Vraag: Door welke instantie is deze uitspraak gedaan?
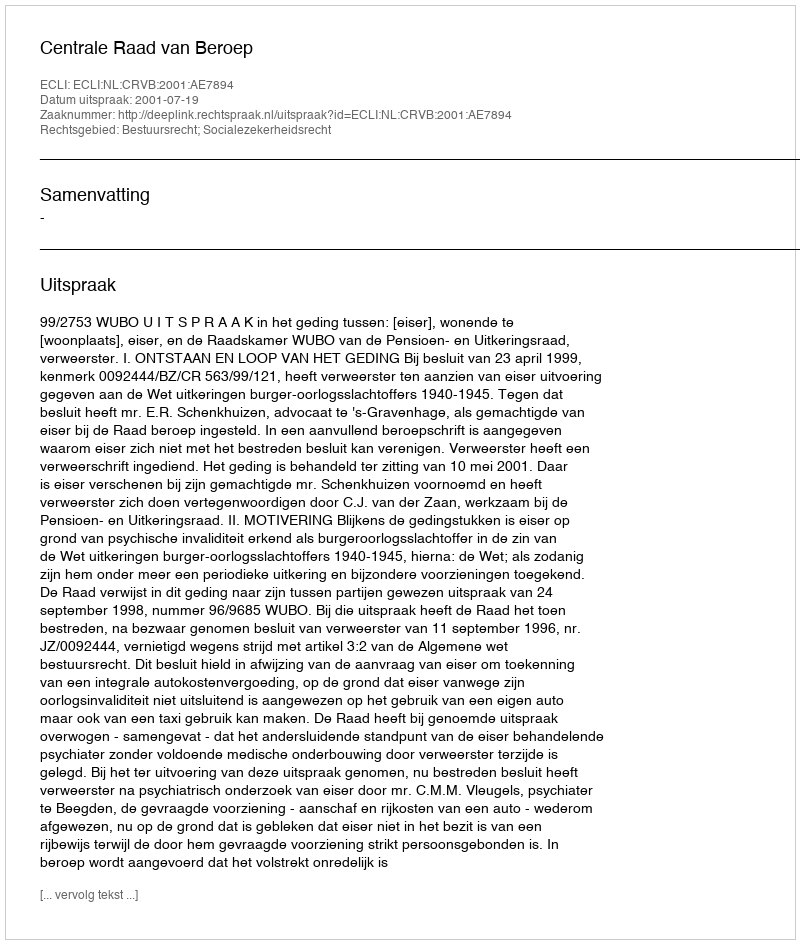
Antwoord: Centrale Raad van Beroep